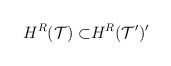
\begin{align*}H^{R}{\cal (T)\subset }H^{R}{\cal (T^{\prime })^{\prime }} \end{align*}